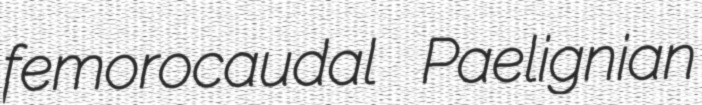
femorocaudal Paelignian